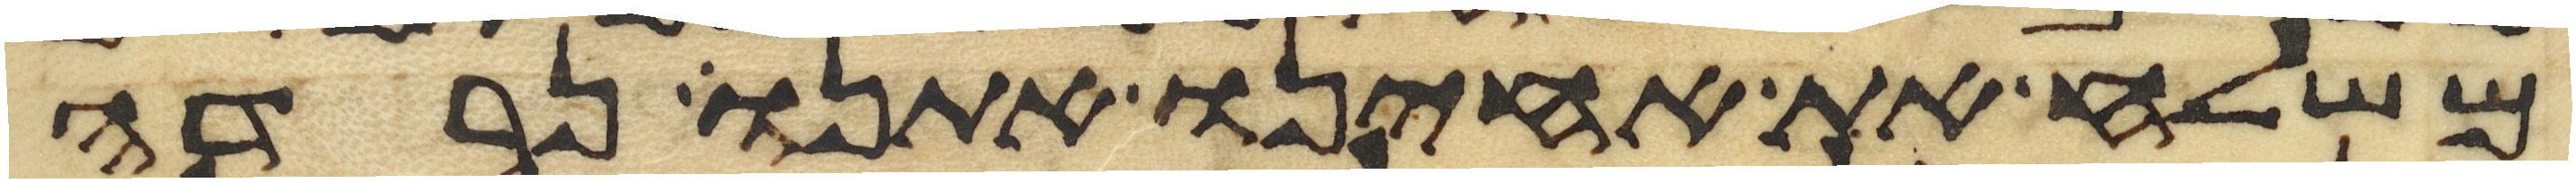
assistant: משלח את אחינו אתנו נרדה